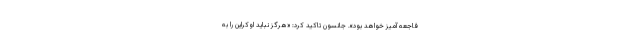
فاجعه آمیز خواهد بود». جانسون تاکید کرد: «هرگز نباید اوکراین را به